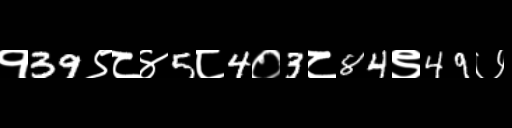
Text: १39९८४5८4०3८84९49७